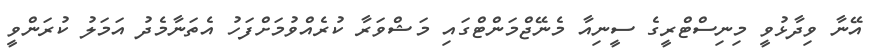
އޭނާ ވިދާޅުވީ މިނިސްޓްރީގެ ސީނިއާ މެނޭޖްމަންޓްގައި މަޝްވަރާ ކުރެއްވުމަށްފަހު އެތަނާމެދު އަމަލު ކުރަންވީ